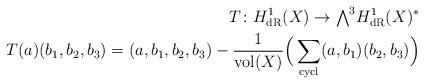
LaTeX: \begin{align*}T \colon H^1_{\mathrm{dR}}(X) \rightarrow {\textstyle \bigwedge^3}H^1_{\mathrm{dR}}(X)^*\\T(a)(b_1,b_2,b_3) =(a,b_1,b_2,b_3)- \frac{1}{\mathrm{vol}(X)} \Big(\sum_{\mathrm{cycl}}(a,b_1)(b_2, b_3)\Big) \end{align*}